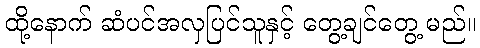
ထို့နောက် ဆံပင်အလှပြင်သူနှင့် တွေ့ချင်တွေ့ မည်။